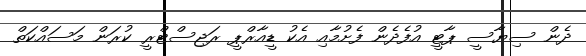
ދެން ސިޔާސީ ޕާޓީ އުފެދެން ފެށުމާއި އެކު ޑީއާރްޕީ ރަޖިސްޓްރީ ކުރަން މަސައްކަތް